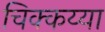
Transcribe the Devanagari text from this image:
चिक्कय्या